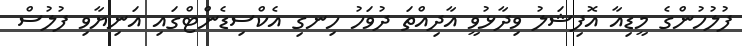
ފުލުހުންގެ މީޑިއާ އޮފިޝަލު ވިދާޅުވީ އާދިއްތަ ދުވަހު ހިނގި އެކްސިޑެންޓްގައި އަނިޔާވި ފުލުސް